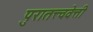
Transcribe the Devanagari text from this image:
पुरातत्त्ववेत्ती